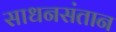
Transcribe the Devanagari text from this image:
साधनसंतान